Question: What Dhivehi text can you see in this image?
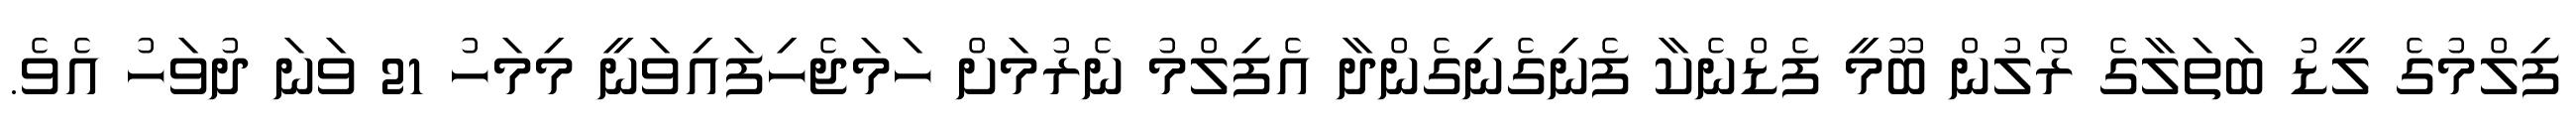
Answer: ފިލްމުގެ ލީޑު ބަތަލާގެ ރޯލުން ބޫމީ ފެޑްނެކާ ފެނިގެނިގެންދާ އެފިލްމު ނެރުމަށް ހަމަޖެހިފައިވަނީ މިމަހު 21 ވަނަ ދުވަހު އެވެ.